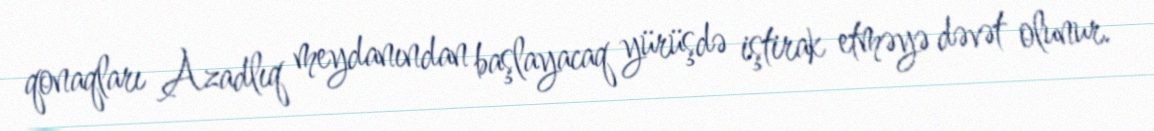
qonaqları Azadlıq meydanından başlayacaq yürüşdə iştirak etməyə dəvət olunur.